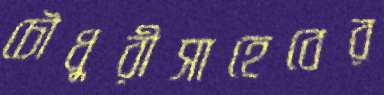
চৌধুরীসাহেবের